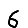
Digit: 6